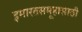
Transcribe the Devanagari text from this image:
इमारतसमूहासाठी